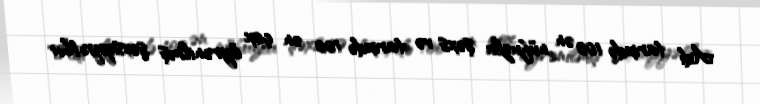
Adı tarixdə 100 ən nüfuzlu şəxs və tarixdə 100 ən çox öyrənilmiş şəxsiyyətlər